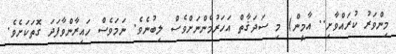
މިންވަރު ކުރައްވާށި.. އާމީން) މި ސަދަޤާތް އަހަރުމެންނަށްވެސް ލިބުނެވެ. ނަމަވެސް ހައިރާންވާފަދަ ގޮތަކަށެވެ.